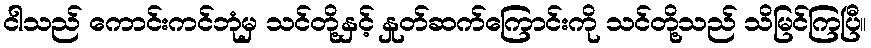
ငါသည် ကောင်းကင်ဘုံမှ သင်တို့နှင့် နှုတ်ဆက်ကြောင်းကို သင်တို့သည် သိမြင်ကြပြီ။